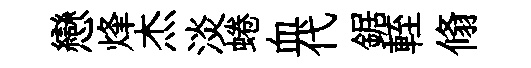
戀烽杰淡蜷血代鋸輊翛